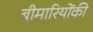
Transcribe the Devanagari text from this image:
बीमारियोंकी